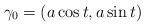
LaTeX: \begin{align*}\gamma_0=(a\cos t, a\sin t)\end{align*}